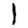
Digit: 1